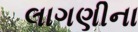
લાગણીના